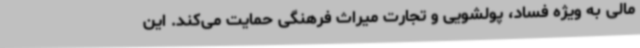
مالی به ویژه فساد، پولشویی و تجارت میراث فرهنگی حمایت می‌کند. این